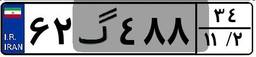
۶۲گ۴۸۸۳۴